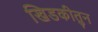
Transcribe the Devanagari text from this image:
खिडकीतुन